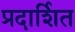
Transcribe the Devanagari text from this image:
प्रदार्शित